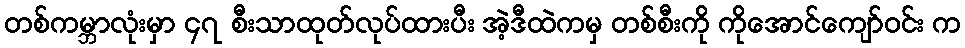
တစ်ကမ္ဘာလုံးမှာ ၄၇ စီးသာထုတ်လုပ်ထားပီး အဲ့ဒီထဲကမှ တစ်စီးကို ကိုအောင်ကျော်ဝင်း က